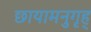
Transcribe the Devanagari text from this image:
छायामनुगृह्